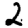
Digit: 2